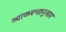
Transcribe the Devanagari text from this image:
व्याकरणानुसार